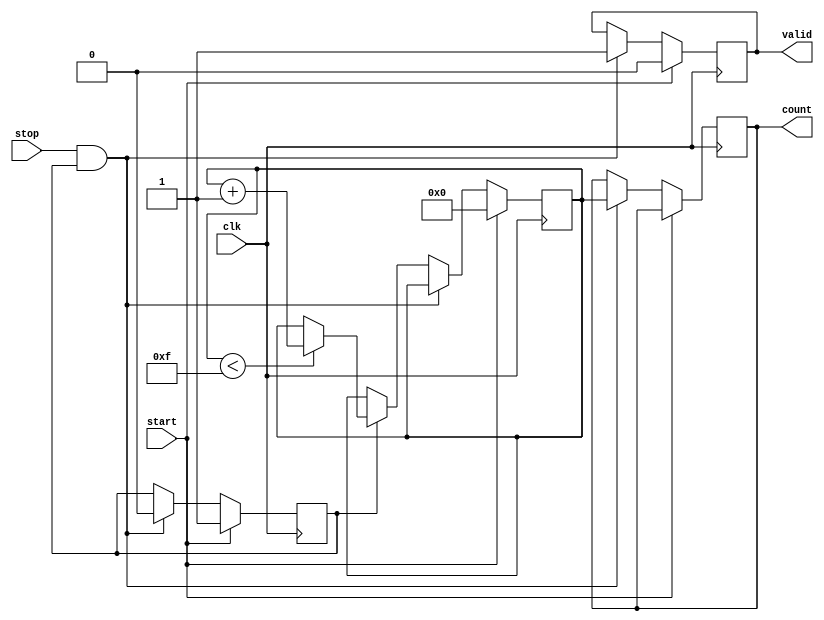
module TDC (
    input wire clk,            // Clock signal
    input wire start,          // Start signal
    input wire stop,           // Stop signal
    output reg [15:0] count,   // Output count value (16-bit)
    output reg valid           // Output valid signal
);

    // Parameters
    parameter DELAY_ELEMENTS = 16; // Number of delay elements
    parameter MAX_COUNT = DELAY_ELEMENTS - 1; // Maximum count value

    // Internal signals
    reg [15:0] counter;         // Counter for clock cycles
    reg measuring;              // State flag for measuring
    reg [DELAY_ELEMENTS-1:0] delay_line; // Delay line representation

    // Delay line simulation (simple shift register)
    always @(posedge clk) begin
        if (measuring) begin
            delay_line <= {delay_line[DELAY_ELEMENTS-2:0], 1'b1}; // Shift in a '1'
        end else begin
            delay_line <= 0; // Reset delay line when not measuring
        end
    end

    // Control logic for start and stop signals
    always @(posedge clk) begin
        if (start) begin
            counter <= 0;        // Reset counter
            measuring <= 1;      // Start measuring
            valid <= 0;          // Reset valid output
        end else if (stop && measuring) begin
            measuring <= 0;      // Stop measuring
            count <= counter;     // Store count value
            valid <= 1;          // Indicate valid output
        end else if (measuring) begin
            if (counter < MAX_COUNT) begin
                counter <= counter + 1; // Increment counter
            end
        end
    end

endmodule